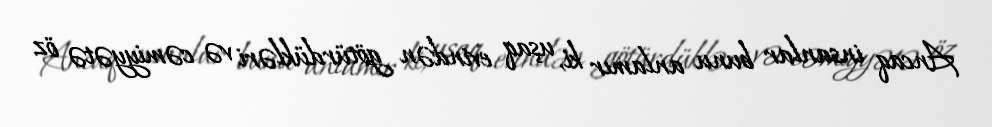
Ancaq insanlar bunu anlamır ki, uşaq evindən götürdükləri və cəmiyyətə öz